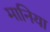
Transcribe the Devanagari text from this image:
मानिया